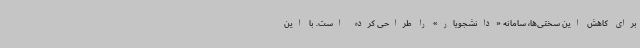
برای کاهش این سختی‌ها، سامانه «دانشجویار» را طراحی کرده است. با این